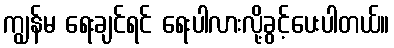
ကျွန်မ ရေးချင်ရင် ရေးပါလားလို့ခွင့်ပေးပါတယ်။